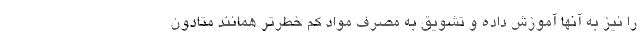
را نیز به آنها آموزش داده و تشویق به مصرف مواد کم خطر‌تر همانند متادون